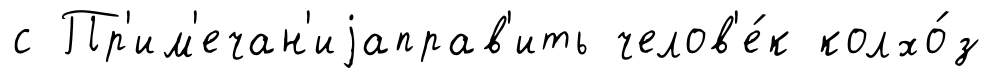
с Пр'им'ечан'иjаправ'ить челов'е́к колхо́з